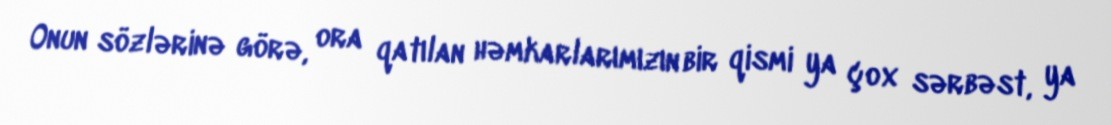
Onun sözlərinə görə, ora qatılan həmkarlarımızın bir qismi ya çox sərbəst, ya